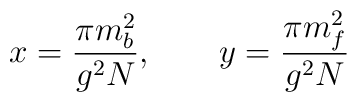
x=\frac{\pi m_{b}^{2}}{g^2N}, \qquad y=\frac{\pi m_{f}^{2}}{g^2N}